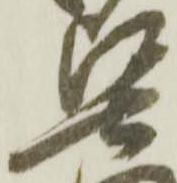
堅